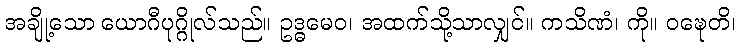
အချို့သော ယောဂီပုဂ္ဂိုလ်သည်။ ဥဒ္ဓမေဝ၊ အထက်သို့သာလျှင်။ ကသိဏံ၊ ကို။ ဝဍ္ဎေတိ၊